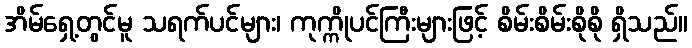
အိမ်ရှေ့တွင်မူ သရက်ပင်များ၊ ကုက္ကိုပင်ကြီးများဖြင့် စိမ်းစိမ်းစိုစို ရှိသည်။